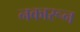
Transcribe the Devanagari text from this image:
नकारून